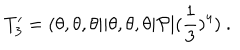
LaTeX: T _ { 3 } ^ { \prime } = ( \theta , \theta , \theta \vert \vert \theta , \theta , \theta \vert { \cal P } \vert ( { \frac { 1 } { 3 } } ) ^ { 4 } ) ~ .